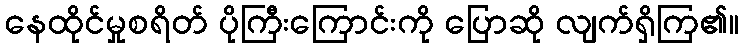
နေထိုင်မှုစရိတ် ပိုကြီးကြောင်းကို ပြောဆို လျက်ရှိကြ၏။